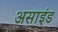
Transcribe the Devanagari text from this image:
असाइंड